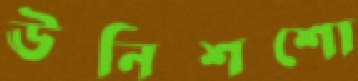
ঊনিশশো